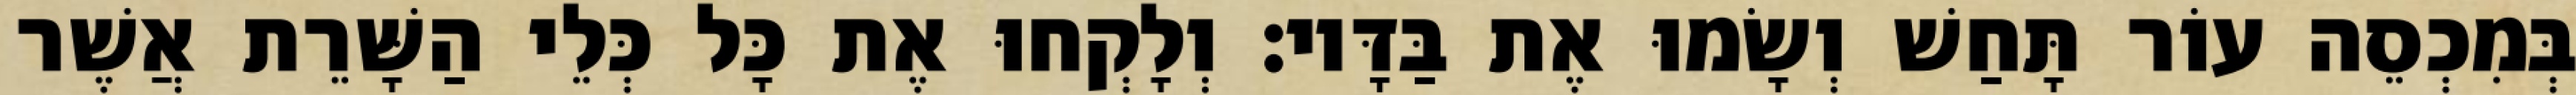
בְּמִכְסֵה עוֹר תָּחַשׁ וְשָׂמוּ אֶת בַּדָּיו׃ וְלָקְחוּ אֶת כָּל כְּלֵי הַשָּׁרֵת אֲשֶׁר